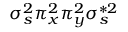
\sigma _ { s } ^ { 2 } \pi _ { x } ^ { 2 } \pi _ { y } ^ { 2 } \sigma _ { s } ^ { * 2 }